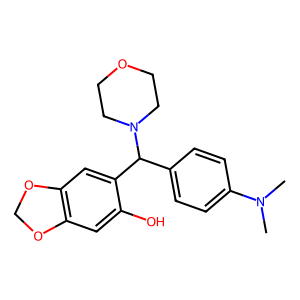
SMILES: CN(C)c1ccc(C(c2cc3c(cc2O)OCO3)N2CCOCC2)cc1
Inhibits HIV replication: No